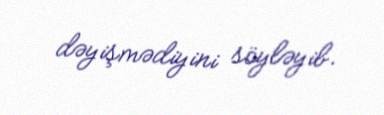
dəyişmədiyini söyləyib.